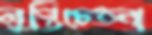
লুপ্তিচেতনা